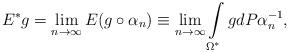
LaTeX: \begin{align*} E^*g=\lim\limits_{n\to\infty}E(g\circ \alpha_n)\equiv \lim\limits_{n\to\infty}\int\limits_{\Omega^*}gdP\alpha_n^{-1},\end{align*}